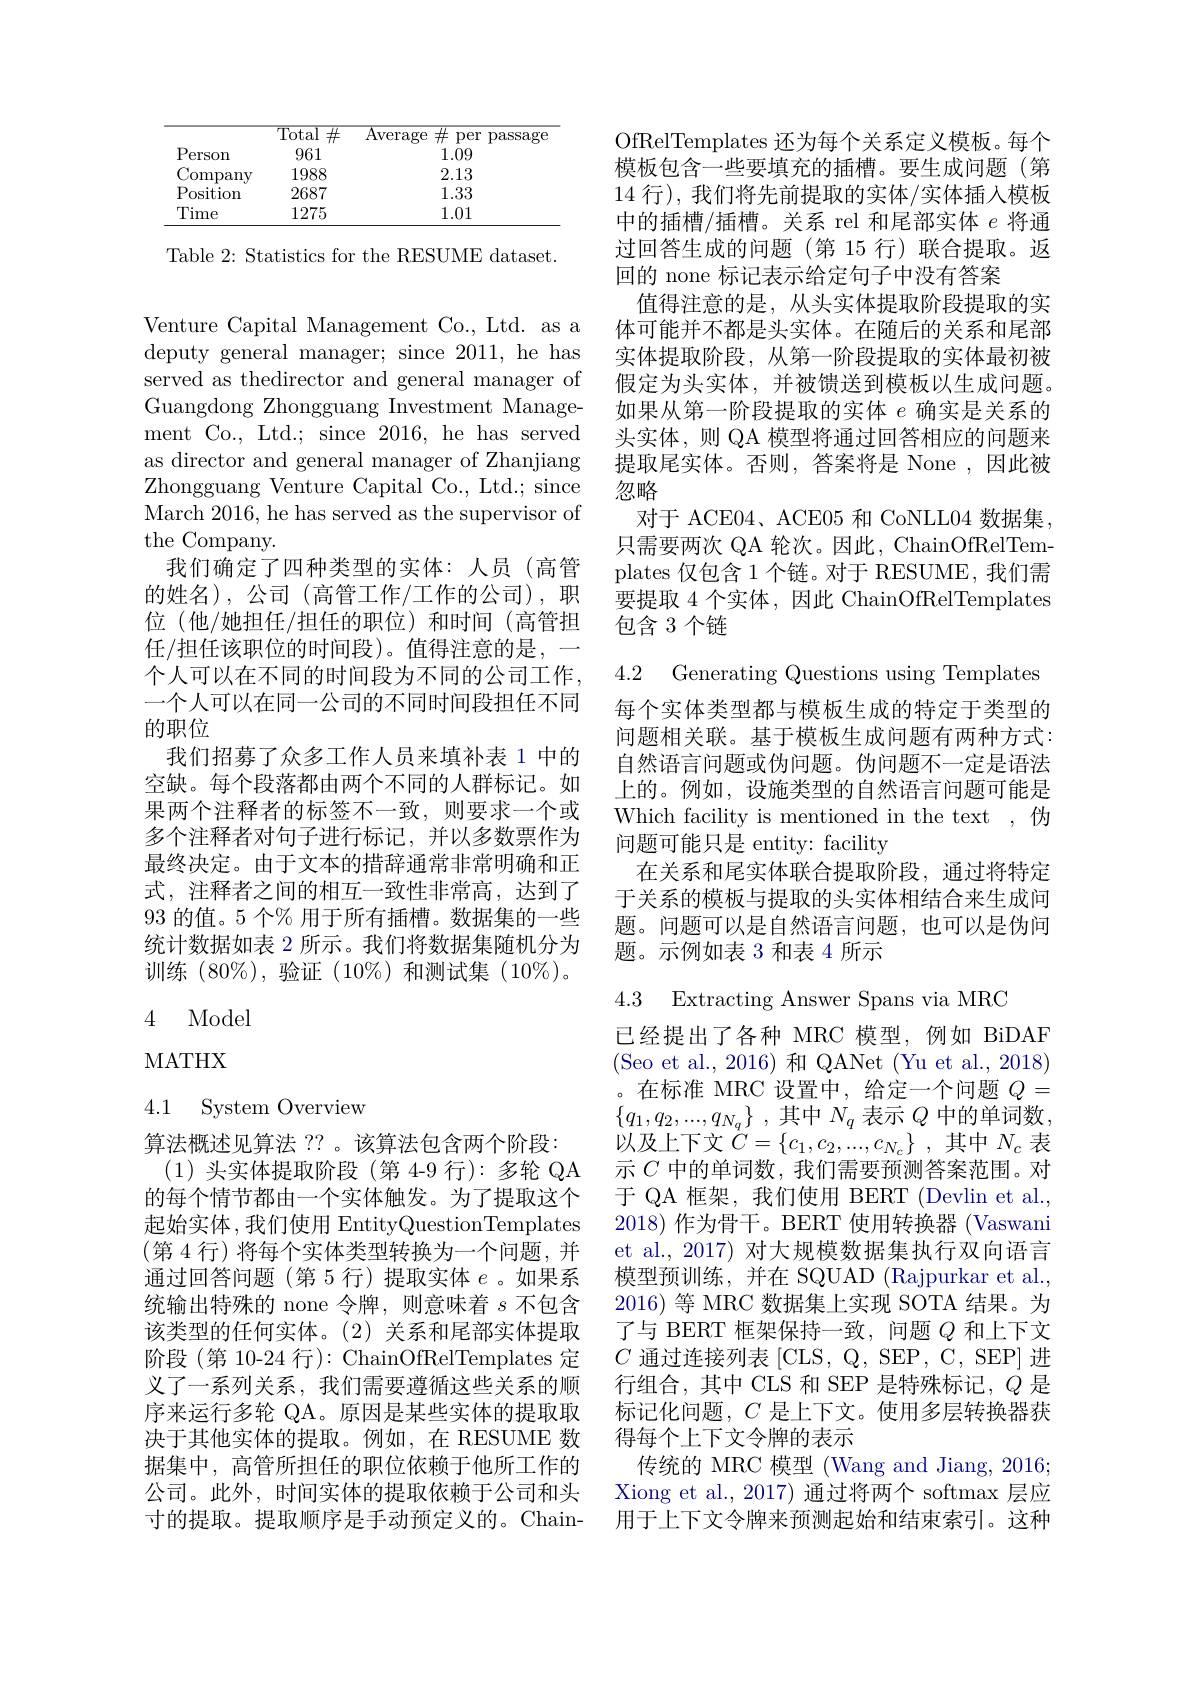
<table>
	<tbody>
		<tr>
			<th> </th>
			<th>$\overline{\mathrm{Total}}$ 井</th>
			<th>${\mathrm{Average}}$</th>
			<th>出 per passage</th>
		</tr>
		<tr>
			<td>$P$ erson</td>
			<td>961</td>
			<td> </td>
			<td>1.09</td>
		</tr>
		<tr>
			<td>Company</td>
			<td>1988</td>
			<td> </td>
			<td>2.13</td>
		</tr>
		<tr>
			<td>Position</td>
			<td>2687</td>
			<td> </td>
			<td>1.33</td>
		</tr>
		<tr>
			<td>Time</td>
			<td>1275</td>
			<td> </td>
			<td>1.01</td>
		</tr>
	</tbody>
</table>

Table 2: Statistics for the RESUME dataset.

Venture Capital Management Co., Ltd. as a deputy general manager; since 2011, he has served as thedirector and general manager of Guangdong Zhongguang Investment Management Co., Ltd.; since 2016, he has served as director and general manager of Zhanjiang Zhongguang Venture Capital Co., Ltd.; since March 2016, he has served as the supervisor of the Company.
我们确定了四种类型的实体：人员(高管的姓名),公司(高管工作/工作的公司),职位(他/她担任/担任的职位)和时间(高管担任/担任该职位的时间段)。值得注意的是，
个人可以在不同的时间段为不同的公司工作， 一个人可以在同一公司的不同时间段担任不同的职位
我们招募了众多工作人员来填补表 1 中的空缺。每个段落都由两个不同的人群标记。如果两个注释者的标签不一致，则要求一个或多个注释者对句子进行标记，并以多数票作为最终决定。由于文本的措辞通常非常明确和正式，注释者之间的相互一致性非常高，达到了93 的值。5 个% 用于所有插槽。数据集的一些统计数据如表 2 所示。我们将数据集随机分为训练(80%),验证(10$\%)和测试集(10\%)$。

4 Model

MATHX

# 4.1 System Overview

算法概述见算法 ?? 。该算法包含两个阶段：
(1)头实体提取阶段 (第 4-9 行):多轮 QA 的每个情节都由一个实体触发。为了提取这个起始实体，我们使用 EntityQuestionTemplates (第 4 行) 将每个实体类型转换为一个问题，并通过回答问题(第 5 行) 提取实体$e$ 。如果系统输出特殊的 none 令牌，则意味着$s$不包含该类型的任何实体。(2) 关系和尾部实体提取阶段(第 10-24 行): ChainOfRelTemplates 定义了一系列关系，我们需要遵循这些关系的顺序来运行多轮 QA。原因是某些实体的提取取决于其他实体的提取。例如，在 RESUME 数据集中，高管所担任的职位依赖于他所工作的公司。此外，时间实体的提取依赖于公司和头寸的提取。提取顺序是手动预定义的。Chain-

OfRelTemplates 还为每个关系定义模板。每个模板包含一些要填充的插槽。要生成问题(第14行), 我们将先前提取的实体/实体插入模板中的插槽/插槽。关系 rel 和尾部实体$e$将通过回答生成的问题 (第 15 行)联合提取。返回的 none 标记表示给定句子中没有答案
值得注意的是，从头实体提取阶段提取的实体可能并不都是头实体。在随后的关系和尾部实体提取阶段，从第一阶段提取的实体最初被假定为头实体，并被馈送到模板以生成问题。如果从第一阶段提取的实体$e$确实是关系的头实体，则 QA 模型将通过回答相应的问题来提取尾实体。否则，答案将是 None ,因此被忽略
对于 ACE04、ACE05 和 CoNLL04 数据集， 只需要两次 QA 轮次。因此，ChainOfRelTemplates 仅包含 1 个链。对于 RESUME, 我们需要提取 4 个实体 , 因此 ChainOfRelTemplates 包含 3 个链

4.2 Generating Questions using Templates 每个实体类型都与模板生成的特定于类型的问题相关联。基于模板生成问题有两种方式： 自然语言问题或伪问题。伪问题不一定是语法上的。例如，设施类型的自然语言问题可能是Which facility is mentioned in the text ,伪问题可能只是 entity: facility
在关系和尾实体联合提取阶段，通过将特定于关系的模板与提取的头实体相结合来生成问题。问题可以是自然语言问题，也可以是伪问题。示例如表 3 和表 4 所示

4.3 Extracting Answer Spans via MRC

已经提出了各种 MRC 模型，例如 BiDAF (Seo et al., 2016) 和 QANet (Yu et al., 2018) 。在标准 MRC 设置中，给定一个问题$Q=$ $\{ q_1, q_2, . . . , q_{N_q}\}$ ,其中$N_q$ 表示 $Q$ 中的单词数， 以及上下文$\dot{C} = \{ c_1, c_2, . . . , c_{N_c}\}$ ,其中$N_c$表示$C$中的单词数，我们需要预测答案范围。对于 QA 框架，我们使用 BERT (Devlin et al., 2018)作为骨干。BERT 使用转换器 (Vaswani et al., 2017) 对大规模数据集执行双向语言模型预训练，并在 SQUAD (Rajpurkar et al. 2016) 等 MRC 数据集上实现 SOTA 结果。为了与 BERT 框架保持一致，问题$Q$和上下文$C$通过连接列表 [CLS, Q, SEP, C, SEP] 进行组合，其中 CLS 和 SEP 是特殊标记，$Q$是标记化问题，$C$是上下文。使用多层转换器获得每个上下文令牌的表示
传统的 MRC 模型 (Wang and Jiang, 2016; Xiong et al., 2017) 通过将两个 softmax 层应用于上下文令牌来预测起始和结束索引。这种